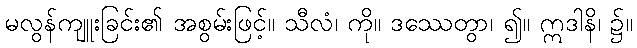
မလွန်ကျူးခြင်း၏ အစွမ်းဖြင့်။ သီလံ၊ ကို။ ဒဿေတွာ၊ ၍။ ဣဒါနိ၊ ၌။